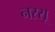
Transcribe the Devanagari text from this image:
नस्सू